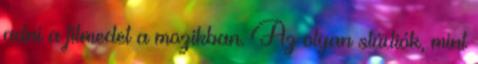
adni a filmedet a mozikban. Az olyan stúdiók, mint